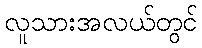
လူသားအလယ်တွင်